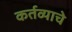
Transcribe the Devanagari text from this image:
कर्तव्याचे